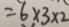
= 6 \times 3 \times 2